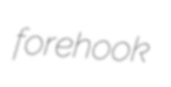
forehook